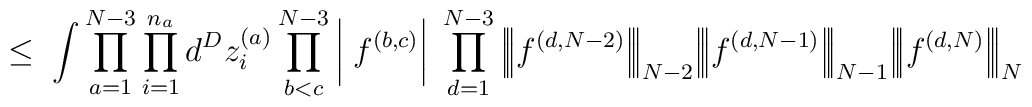
\leq \;\int \prod_{a=1}^{N-3} \prod_{i=1}^{n_a} d^Dz_i^{(a)}\prod_{b<c}^{N-3} \bigg| \; f^{(b,c)} \bigg| \;\prod_{d=1}^{N-3}\Big|\!\Big|\!\Big| f^{(d,N-2)} \Big|\!\Big|\!\Big|_{N-2}\Big|\!\Big|\!\Big| f^{(d,N-1)} \Big|\!\Big|\!\Big|_{N-1}\Big|\!\Big|\!\Big| f^{(d,N)} \Big|\!\Big|\!\Big|_N